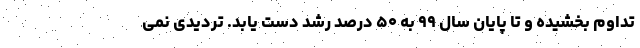
تداوم بخشیده و تا پایان سال ۹۹ به ۵۰ درصد رشد دست یابد. تردیدی نمی